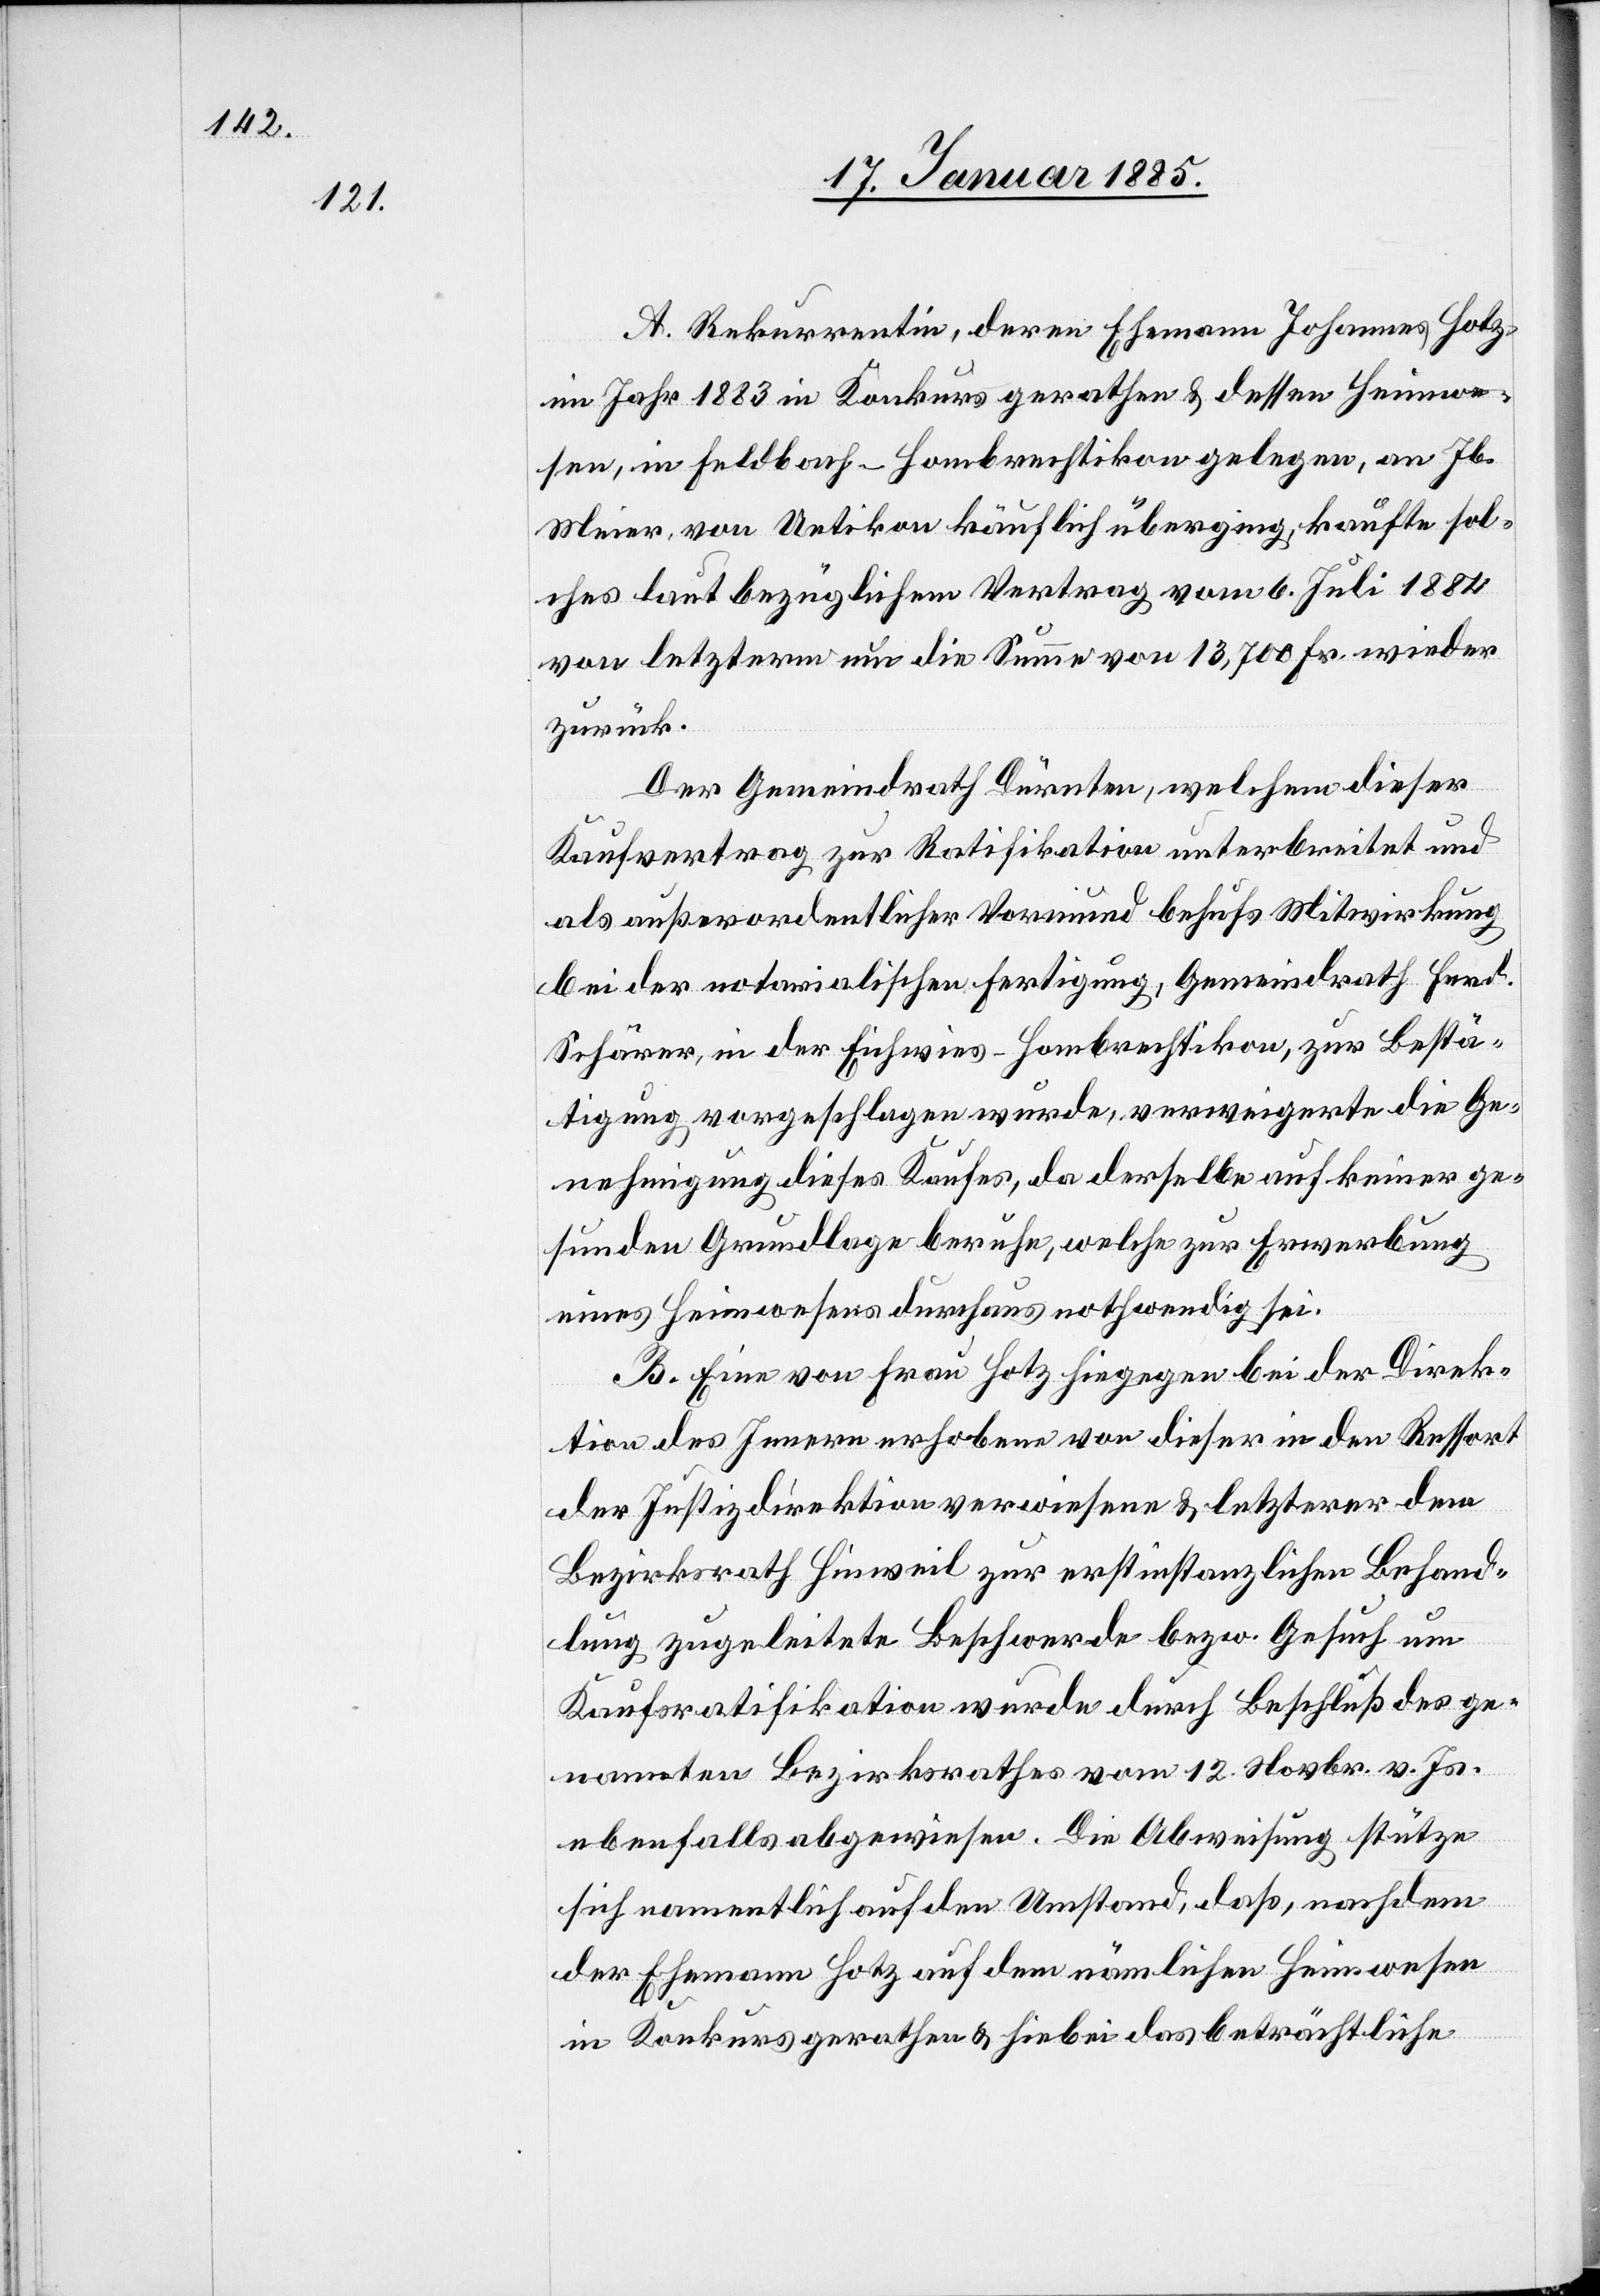
A. Rekurrentin, deren Ehemann Johannes Hotz
im Jahr 1883 in Konkurs gerathen & dessen Heimwe¬
sen, in Feldbach - Hombrechtikon gelegen, an Jb.
Meier, von Uetikon käuflich überging, kaufte sol¬
ches laut bezüglichem Vertrag vom 6. Juli 1884
von letzterm um die Summe von 13,700 Fr. wieder
zurück.
Der Gemeindrath Dürnten, welcher dieser
Kaufvertrag zur Ratifikation unterbreitet und
als außerordentlicher Vormund behufs Mitwirkung
bei der notarialischen Fertigung, Gemeindrath Ferd.
Schärer, in der Eichwies - Hombrechtikon, zur Bestä¬
tigung vorgeschlagen wurde, verweigerte die Ge¬
nehmigung dieses Kaufes, da derselbe auf keiner ge¬
sunden Grundlage beruhe, welche zur Erwerbung
eines Heimwesens durchaus nothwendig sei.
B. Eine von Frau Hotz hiegegen bei der Direk¬
tion des Innern erhobene von dieser in den Ressort
der Justizdirektion verwiesene & letzterer dem
Bezirksrath Hinweil zur erstinstanzlichen Behand¬
lung zugeleitete Beschwerde bezw. Gesuch um
Kaufsratifikation wurde durch Beschluß des ge¬
nannten Bezirksrathes vom 12. Novbr. v. Js.
ebenfalls abgewiesen. Die Abweisung stütze
sich namentlich auf den Umstand, daß, nachdem
der Ehemann Hotz auf den nämlichen Heimwesen
in Konkurs gerathen & hiebei beträchtliche